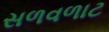
સળવળાટ